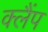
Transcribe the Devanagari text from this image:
क्‍लैंप